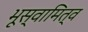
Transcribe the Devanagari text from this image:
भूस्वामित्व